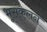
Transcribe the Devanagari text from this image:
भूसंकलन